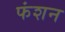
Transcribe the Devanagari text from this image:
फंशन